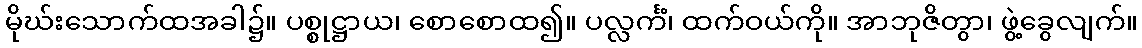
မိုဃ်းသောက်ထအခါ၌။ ပစ္စုဋ္ဌာယ၊ စောစောထ၍။ ပလ္လင်္ကံ၊ ထက်ဝယ်ကို။ အာဘုဇိတွာ၊ ဖွဲ့ခွေလျက်။